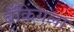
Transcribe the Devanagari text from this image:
बँकिंगला